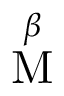
\overset { \beta } { \mathrm { M } }